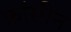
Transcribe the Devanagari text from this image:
फ्रांसीन